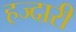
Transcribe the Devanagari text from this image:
हज्दारी